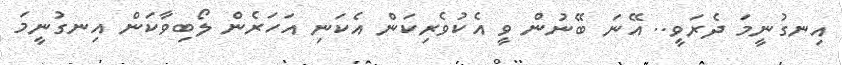
އިނގުނީމަ ދެރަވީ.. އޭނަ ބޭނުން ވީ އެކުވެރިކަން އެކަނި އަހަރެން ލޯބިވާކަން އިނގުނީމަ